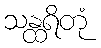
သန္ထရိတုံ